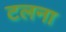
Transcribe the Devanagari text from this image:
टलना